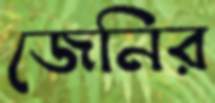
জেনির